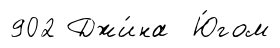
902 Джи́на Ю́гом